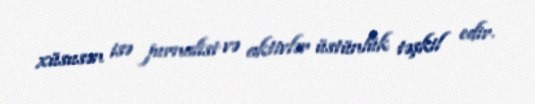
xüsusən isə jurnalist və aktivlər üstünlük təşkil edir.